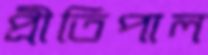
প্রীতিপাল